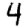
Digit: 4